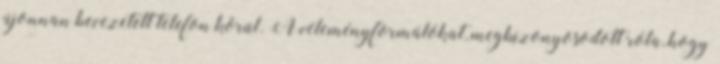
újonnan bevezetett telefon körül. A véleményformálókat, megbizonyosodott róla, hogy